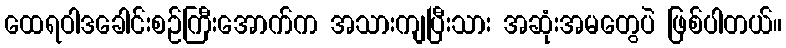
ထေရဝါဒခေါင်းစဉ်ကြီးအောက်က အသားကျပြီးသား အဆုံးအမတွေပဲ ဖြစ်ပါတယ်။